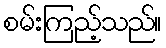
စမ်းကြည့်သည်။